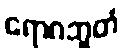
ရောဂဘူတံ